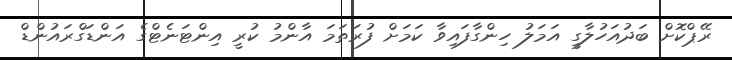
ރޭޕްކޮށް ބަދުއަހުލާގީ އަމަލު ހިންގާފައިވާ ކަމަށް ފުރަތަމަ އާންމު ކުރީ އިންޓަނެޓްގެ އަންޑަގްރައުންޑް